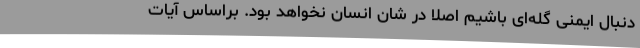
دنبال ایمنی گله‌ای باشیم اصلا در شان انسان نخواهد بود. براساس آیات